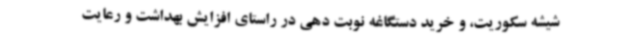
شیشه سکوریت، و خرید دستگاغه نوبت دهی در راستای افزایش بهداشت و رعایت